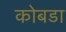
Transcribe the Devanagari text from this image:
कोबडा